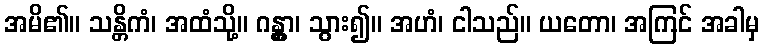
အမိ၏။ သန္တိကံ၊ အထံသို့။ ဂန္တွာ၊ သွား၍။ အဟံ၊ ငါသည်။ ယတော၊ အကြင် အခါမှ